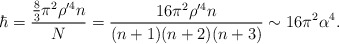
\begin{align*}\hbar=\frac{\frac{8}{3}\pi^{2}\rho^{\prime 4} n}{N}=\frac{16\pi^{2}\rho^{\prime 4}n}{(n+1)(n+2)(n+3)}\sim 16\pi^{2}\alpha^{4}.\end{align*}